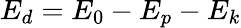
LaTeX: E_{d}=E_{0}-E_{p}-E_{k}